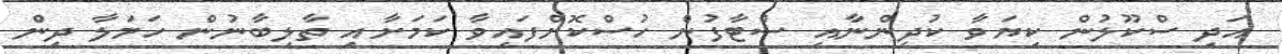
އަދި ސްކޫލުން ކިޔަވާ ކުދިންނާއި ސްޓާފުން ހުސްކޮށްފައިވާ ކަމަށާއި ތާލިބާނުން ހަމަލާ ދިން